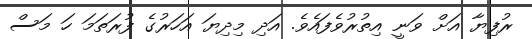
ރުފިޔާ އަށް ވަނީ އިތުރުވެފައެވެ. އަދި މިދިޔަ އަހަރުގެ ފުރަތަމަ ހަ މަސް